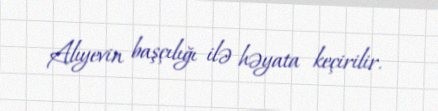
Alıyevin başçılığı ilə həyata keçirilir.